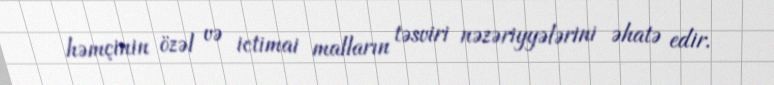
həmçinin özəl və ictimai malların təsviri nəzəriyyələrini əhatə edir.